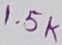
Text: 1.5K